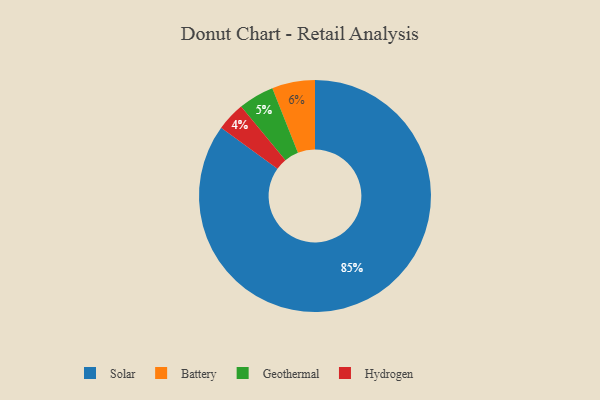
{"axis": {"x": "Category", "y": "Percentage"}, "legend": ["Battery", "Geothermal", "Hydrogen", "Solar"], "data": [{"x": "Geothermal", "y": 5, "type": "Geothermal"}, {"x": "Solar", "y": 85, "type": "Solar"}, {"x": "Battery", "y": 6, "type": "Battery"}, {"x": "Hydrogen", "y": 4, "type": "Hydrogen"}]}